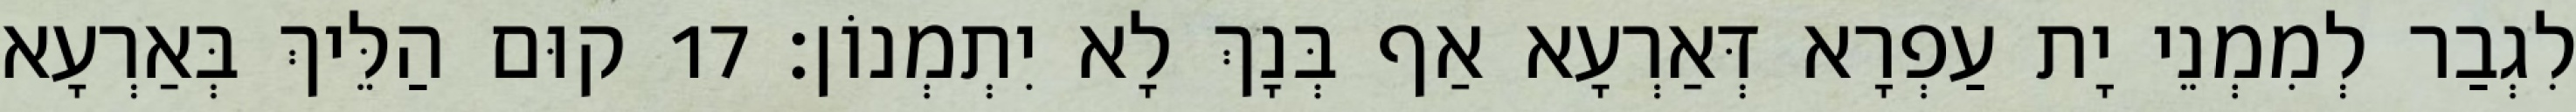
לִגְבַר לְמִמְנֵי יָת עַפְרָא דְּאַרְעָא אַף בְּנָךְ לָא יִתְמְנוֹן׃ 17 קוּם הַלֵּיךְ בְּאַרְעָא